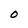
Character: O